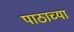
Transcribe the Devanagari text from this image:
पाठाच्या